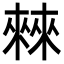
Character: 㯤